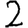
Digit: 2